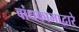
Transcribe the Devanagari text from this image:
बांधकामाद्वारे